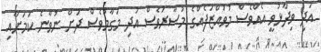
އަދި ވިދާޅުވީ އެއްވެސް މުވައްޒަފެއްގެ މުސާރަވެސް އަދި މަގާމުވެސް ދަށް ނުވާނެ ކަމަށާއި